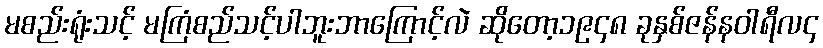
မစည်းရုံးသင့် မကြံစည်သင့်ပါဘူးဘာကြောင့်လဲ ဆိုတော့၁၉၄၈ ခုနှစ်ဇန်နဝါရီလ၄